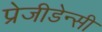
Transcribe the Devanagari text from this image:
प्रेजीडेन्सी